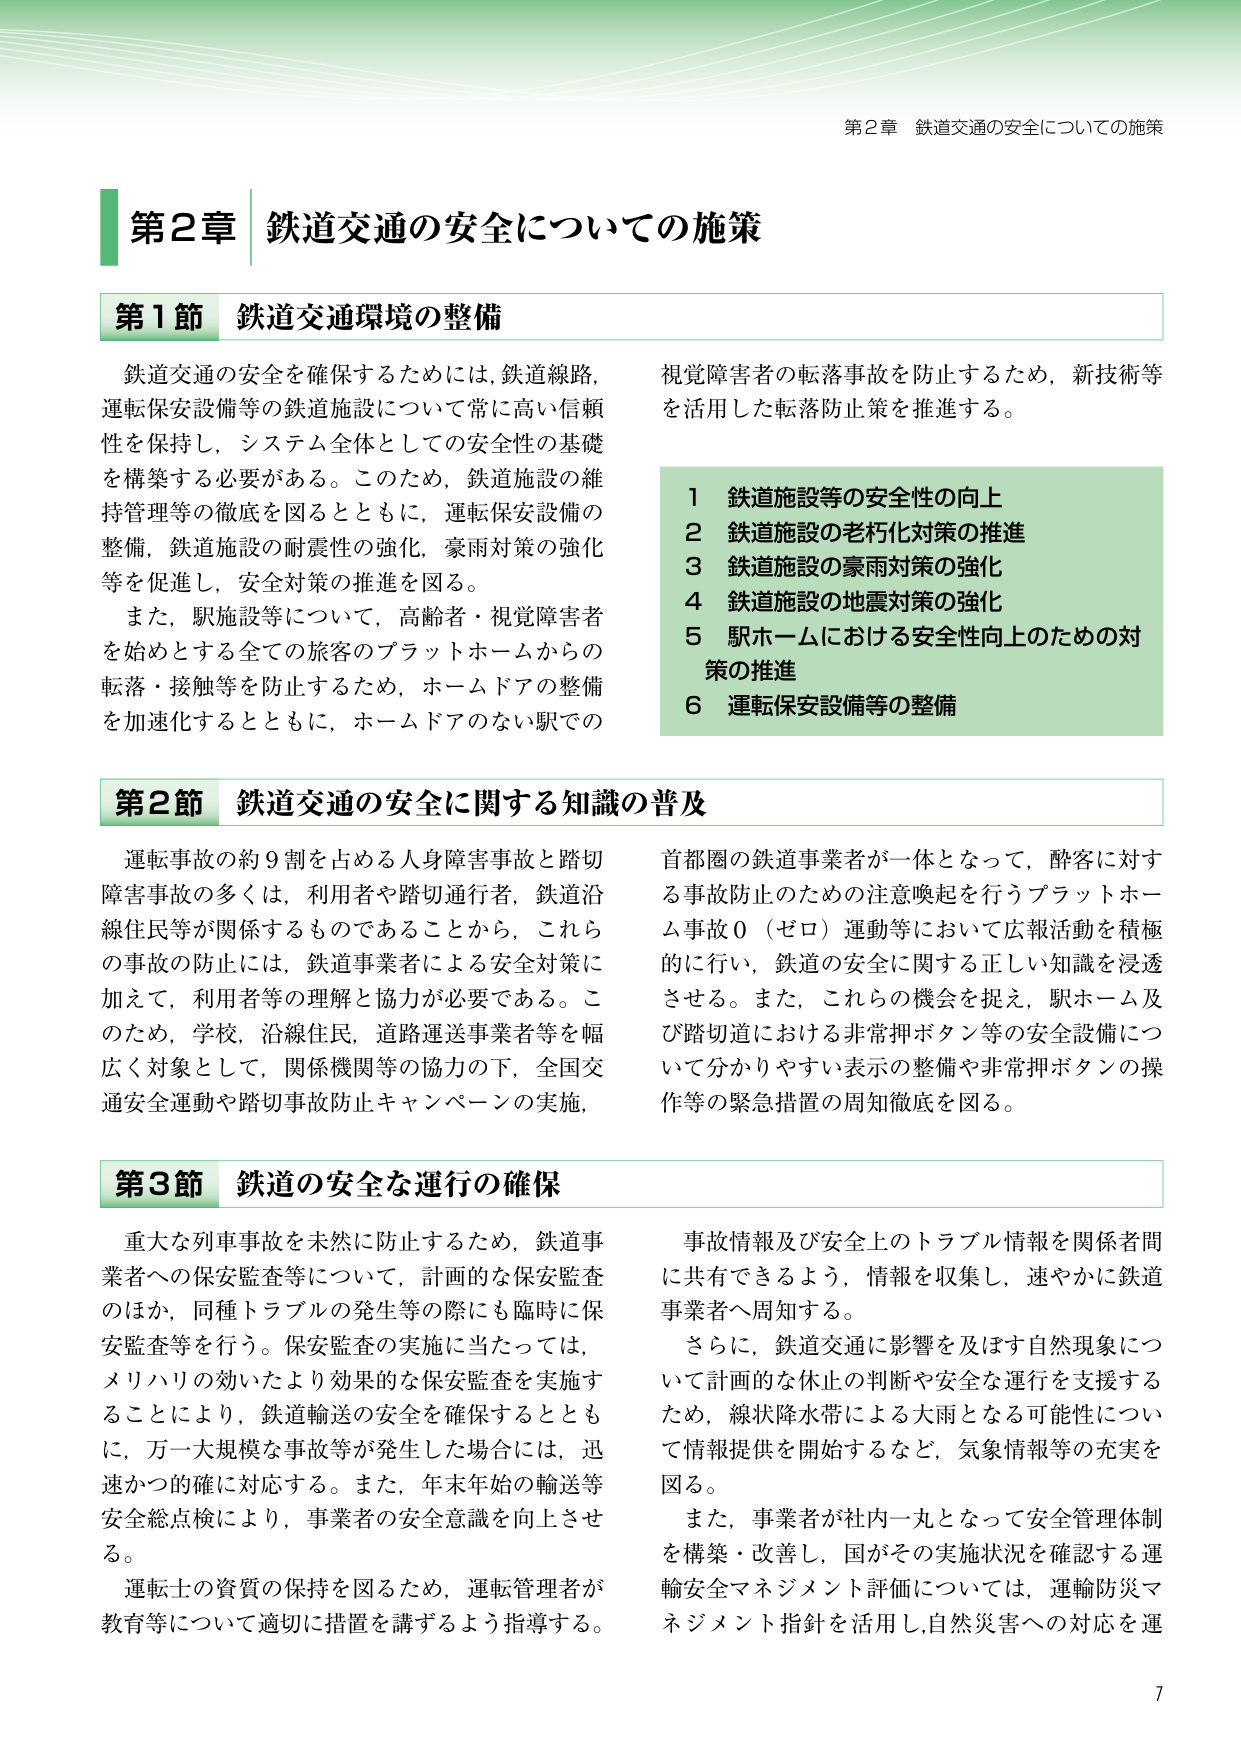
第2章 鉄道交通の安全についての施策

第1節 鉄道交通環境の整備

鉄道交通の安全を確保するためには、鉄道線路、運転保安設備等の鉄道施設について常に高い信頼性を保持し、システム全体としての安全性の基礎を構築する必要がある。このため、鉄道施設の維持管理等の徹底を図るとともに、運転保安設備の整備、鉄道施設の耐震性の強化、豪雨対策の強化等を促進し、安全対策の推進を図る。

また、駅施設等について、高齢者・視覚障害者を始めとする全ての旅客のプラットホームからの転落・接触等を防止するため、ホームドアの整備を加速化するとともに、ホームドアのない駅での視覚障害者の転落事故を防止するため、新技術等を活用した転落防止策を推進する。

1 鉄道施設等の安全性の向上
2 鉄道施設の老朽化対策の推進
3 鉄道施設の豪雨対策の強化
4 鉄道施設の地震対策の強化
5 駅ホームにおける安全性向上のための対策の推進
6 運転保安設備等の整備

第2節 鉄道交通の安全に関する知識の普及

運転事故の約9割を占める人身障害事故と踏切障害事故の多くは、利用者や踏切通行者、鉄道沿線住民等が関係するものであることから、これらの事故の防止には、鉄道事業者による安全対策に加えて、利用者等の理解と協力が必要である。このため、学校、沿線住民、道路運送事業者等を幅広く対象として、関係機関等の協力の下、全国交通安全運動や踏切事故防止キャンペーンの実施、首都圏の鉄道事業者が一体となって、酔客に対する事故防止のための注意喚起を行うプラットホーム事故0（ゼロ）運動等において広報活動を積極的に行い、鉄道の安全に関する正しい知識を浸透させる。また、これらの機会を捉え、駅ホーム及び踏切道における非常押ボタン等の安全設備について分かりやすい表示の整備や非常押ボタンの操作等の緊急措置の周知徹底を図る。

第3節 鉄道の安全な運行の確保

重大な列車事故を未然に防止するため、鉄道事業者への保安監査等について、計画的な保安監査のほか、同種トラブルの発生等の際にも臨時に保安監査等を行う。保安監査の実施に当たっては、メリハリの効いたより効果的な保安監査を実施することにより、鉄道輸送の安全を確保するとともに、万一大規模な事故等が発生した場合には、迅速かつ的確に対応する。また、年末年始の輸送等安全総点検により、事業者の安全意識を向上させる。

運転士の資質の保持を図るため、運転管理者が教育等について適切に措置を講ずるよう指導する。

事故情報及び安全上のトラブル情報を関係者間に共有できるよう、情報を収集し、速やかに鉄道事業者へ周知する。

さらに、鉄道交通に影響を及ぼす自然現象について計画的な休止の判断や安全な運行を支援するため、縦状降水帯による大雨となる可能性について情報提供を開始するなど、気象情報等の充実を図る。

また、事業者が社内一丸となって安全管理体制を構築・改善し、国がその実施状況を確認する運輸安全マネジメント評価については、運輸防災マネジメント指針を活用し、自然災害への対応を運

7